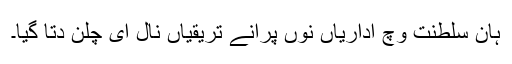
ہان سلطنت وچ اداریاں نوں پرانے تریقیاں نال ای چلن دتا گيا۔